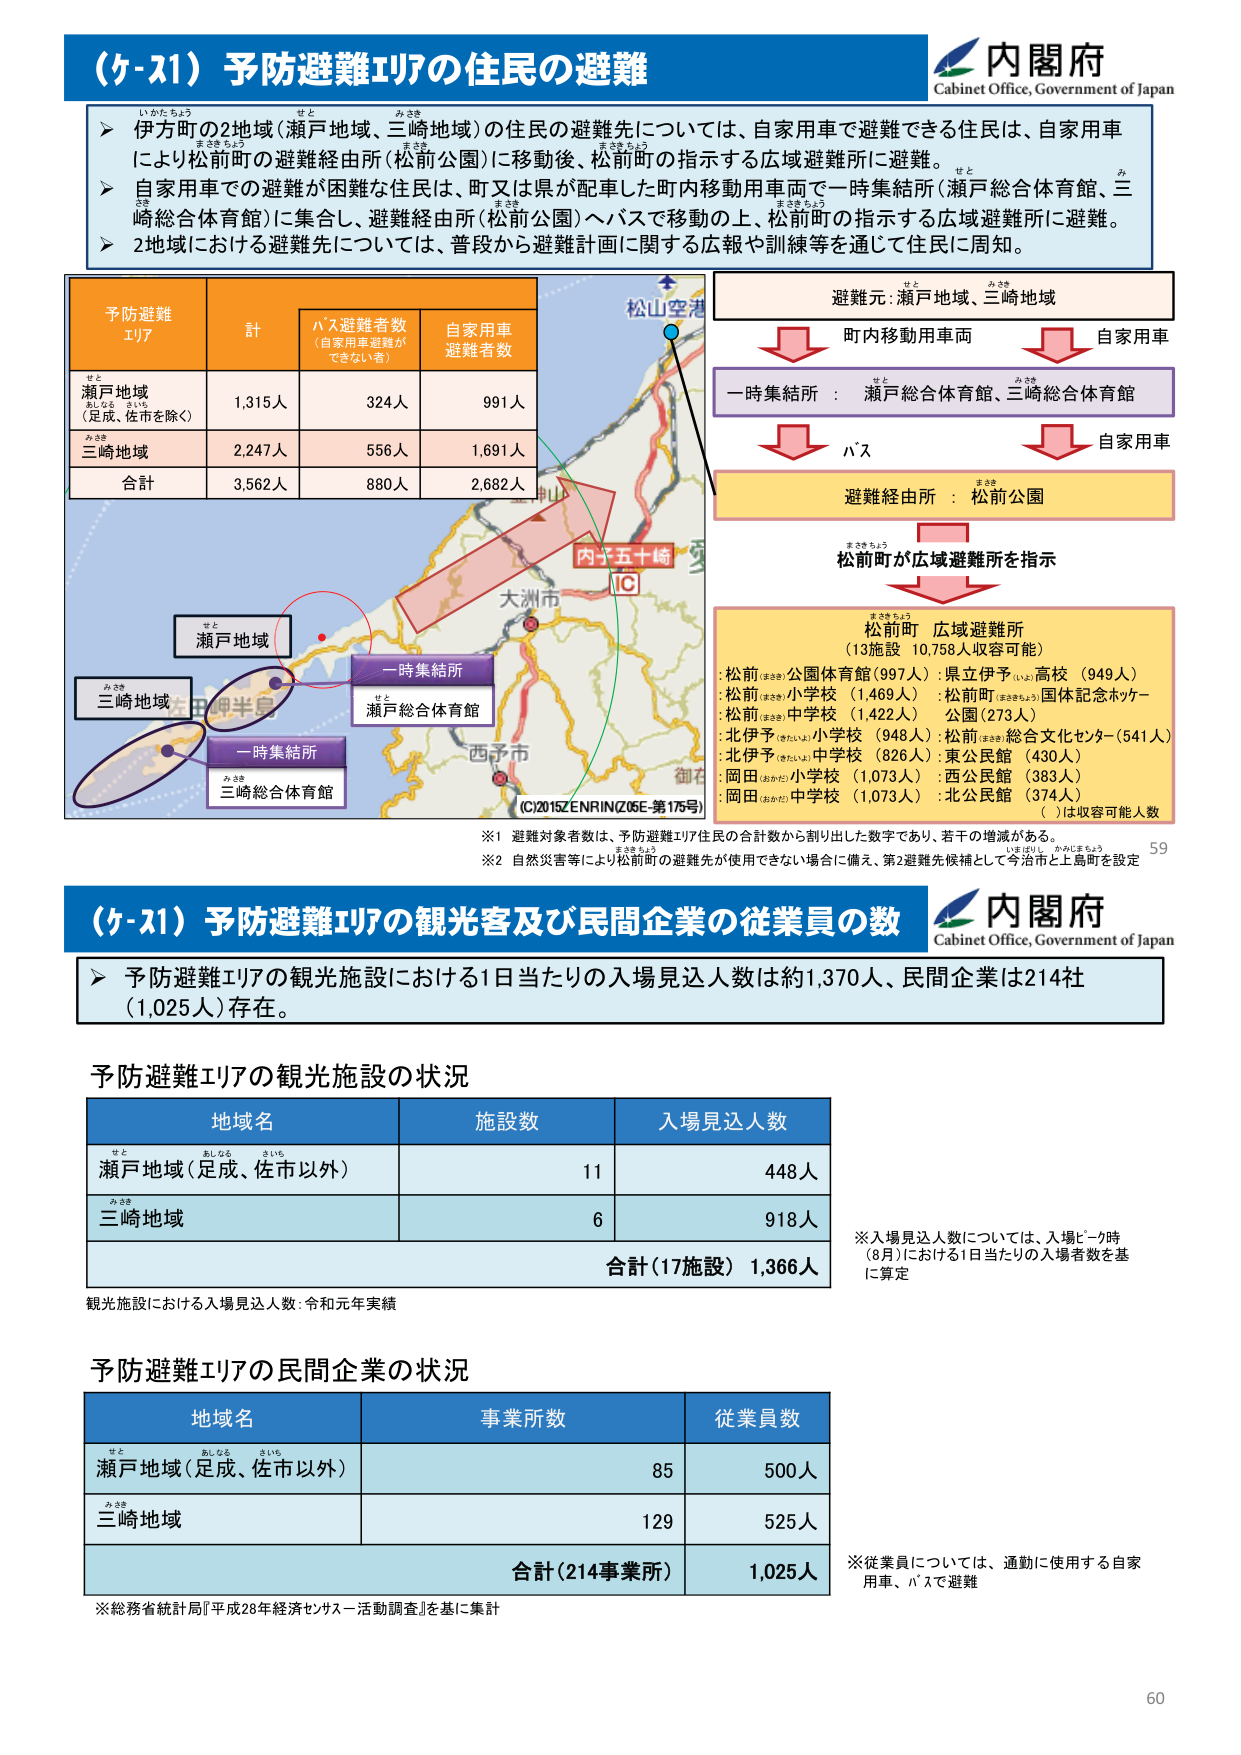
（ケ-21）予防避難エリアの住民の避難

内閣府
Cabinet Office, Government of Japan

➤ 伊方町の2地域（瀬戸地域、三崎地域）の住民の避難先については、自家用車で避難できる住民は、自家用車により松前町の避難経由所（松前公園）、松前町の指示する広域避難所に避難。
➤ 自家用車での避難が困難な住民は、町又は県が配車した町内移動用車両で一時集結所（瀬戸総合体育館、三崎総合体育館）に集合し、避難経由所（松前公園）へバスで移動の上、松前町の指示する広域避難所に避難。
➤ 2地域における避難先については、普段から避難計画に関する広報や訓練等を通じて住民に周知。

予防避難エリア
計
バス避難者数（自家用車避難ができない者）
自家用車避難者数

瀬戸地域（足成、佐市を除く）
1,315人
324人
991人

三崎地域
2,247人
556人
1,691人

合計
3,562人
880人
2,682人

避難元：瀬戸地域、三崎地域
町内移動用車両
自家用車
一時集結所：瀬戸総合体育館、三崎総合体育館
バス
自家用車
避難経由所：松前公園
松前町が広域避難所を指示

松前町 広域避難所
（13施設 10,758人収容可能）
:松前 公園体育館（997人）
:県立伊予 高校（949人）
:松前 小学校（1,469人）
:松前町 国体記念ホッケー公園（273人）
:松前 中学校（1,422人）
:北伊予 小学校（948人）
:松前 総合文化センター（541人）
:北伊予 中学校（826人）
:東公民館（430人）
:岡田 小学校（1,073人）
:西公民館（383人）
:岡田 中学校（1,073人）
:北公民館（374人）
（ ）は収容可能人数

※1 避難対象者数は、予防避難エリア住民の合計数から割り出した数字であり、若干の増減がある。
※2 自然災害等により松前町の避難先が使用できない場合に備え、第2避難先候補として今治市と上島町を設定

（ケ-21）予防避難エリアの観光客及び民間企業の従業員の数

内閣府
Cabinet Office, Government of Japan

➤ 予防避難エリアの観光施設における1日当たりの入場見込人数は約1,370人、民間企業は214社（1,025人）存在。

予防避難エリアの観光施設の状況

地域名
施設数
入場見込人数

瀬戸地域（足成、佐市以外）
11
448人

三崎地域
6
918人

合計（17施設） 1,366人

観光施設における入場見込人数：令和元年実績

※入場見込人数については、入場ピーク時（8月）における1日当たりの入場者数を基に算定

予防避難エリアの民間企業の状況

地域名
事業所数
従業員数

瀬戸地域（足成、佐市以外）
85
500人

三崎地域
129
525人

合計（214事業所） 1,025人

※総務省統計局『平成28年経済センサス－活動調査』を基に集計

※従業員については、通勤に使用する自家用車、バスで避難

(C)2015ZENRIN(Z05E-第175号)
59
60